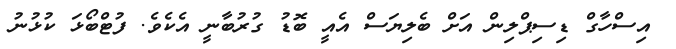
އިސްހާގް ޑިސިޕްލިން އަށް ބެލިޔަސް އެއީ ބޮޑު ގުރުބާނީ އެކެވެ. ފުޓްބޯޅަ ކުޅުނު